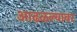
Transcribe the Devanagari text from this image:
आढळल्यावर